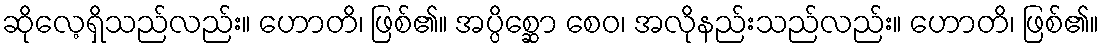
ဆိုလေ့ရှိသည်လည်း။ ဟောတိ၊ ဖြစ်၏။ အပ္ပိစ္ဆော စေဝ၊ အလိုနည်းသည်လည်း။ ဟောတိ၊ ဖြစ်၏။